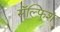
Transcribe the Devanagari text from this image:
सॅल्फ़िश